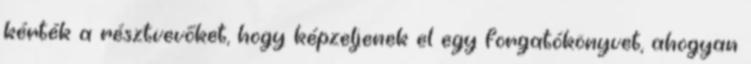
kérték a résztvevőket, hogy képzeljenek el egy forgatókönyvet, ahogyan